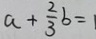
a + \frac { 2 } { 3 } b = 1